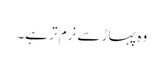
وہ پہاڑ سے نرم تر ہے۔